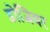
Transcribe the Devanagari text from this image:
डोजियर